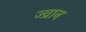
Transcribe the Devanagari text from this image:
ज्व्रान